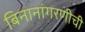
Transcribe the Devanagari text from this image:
बिनानांगरणीची